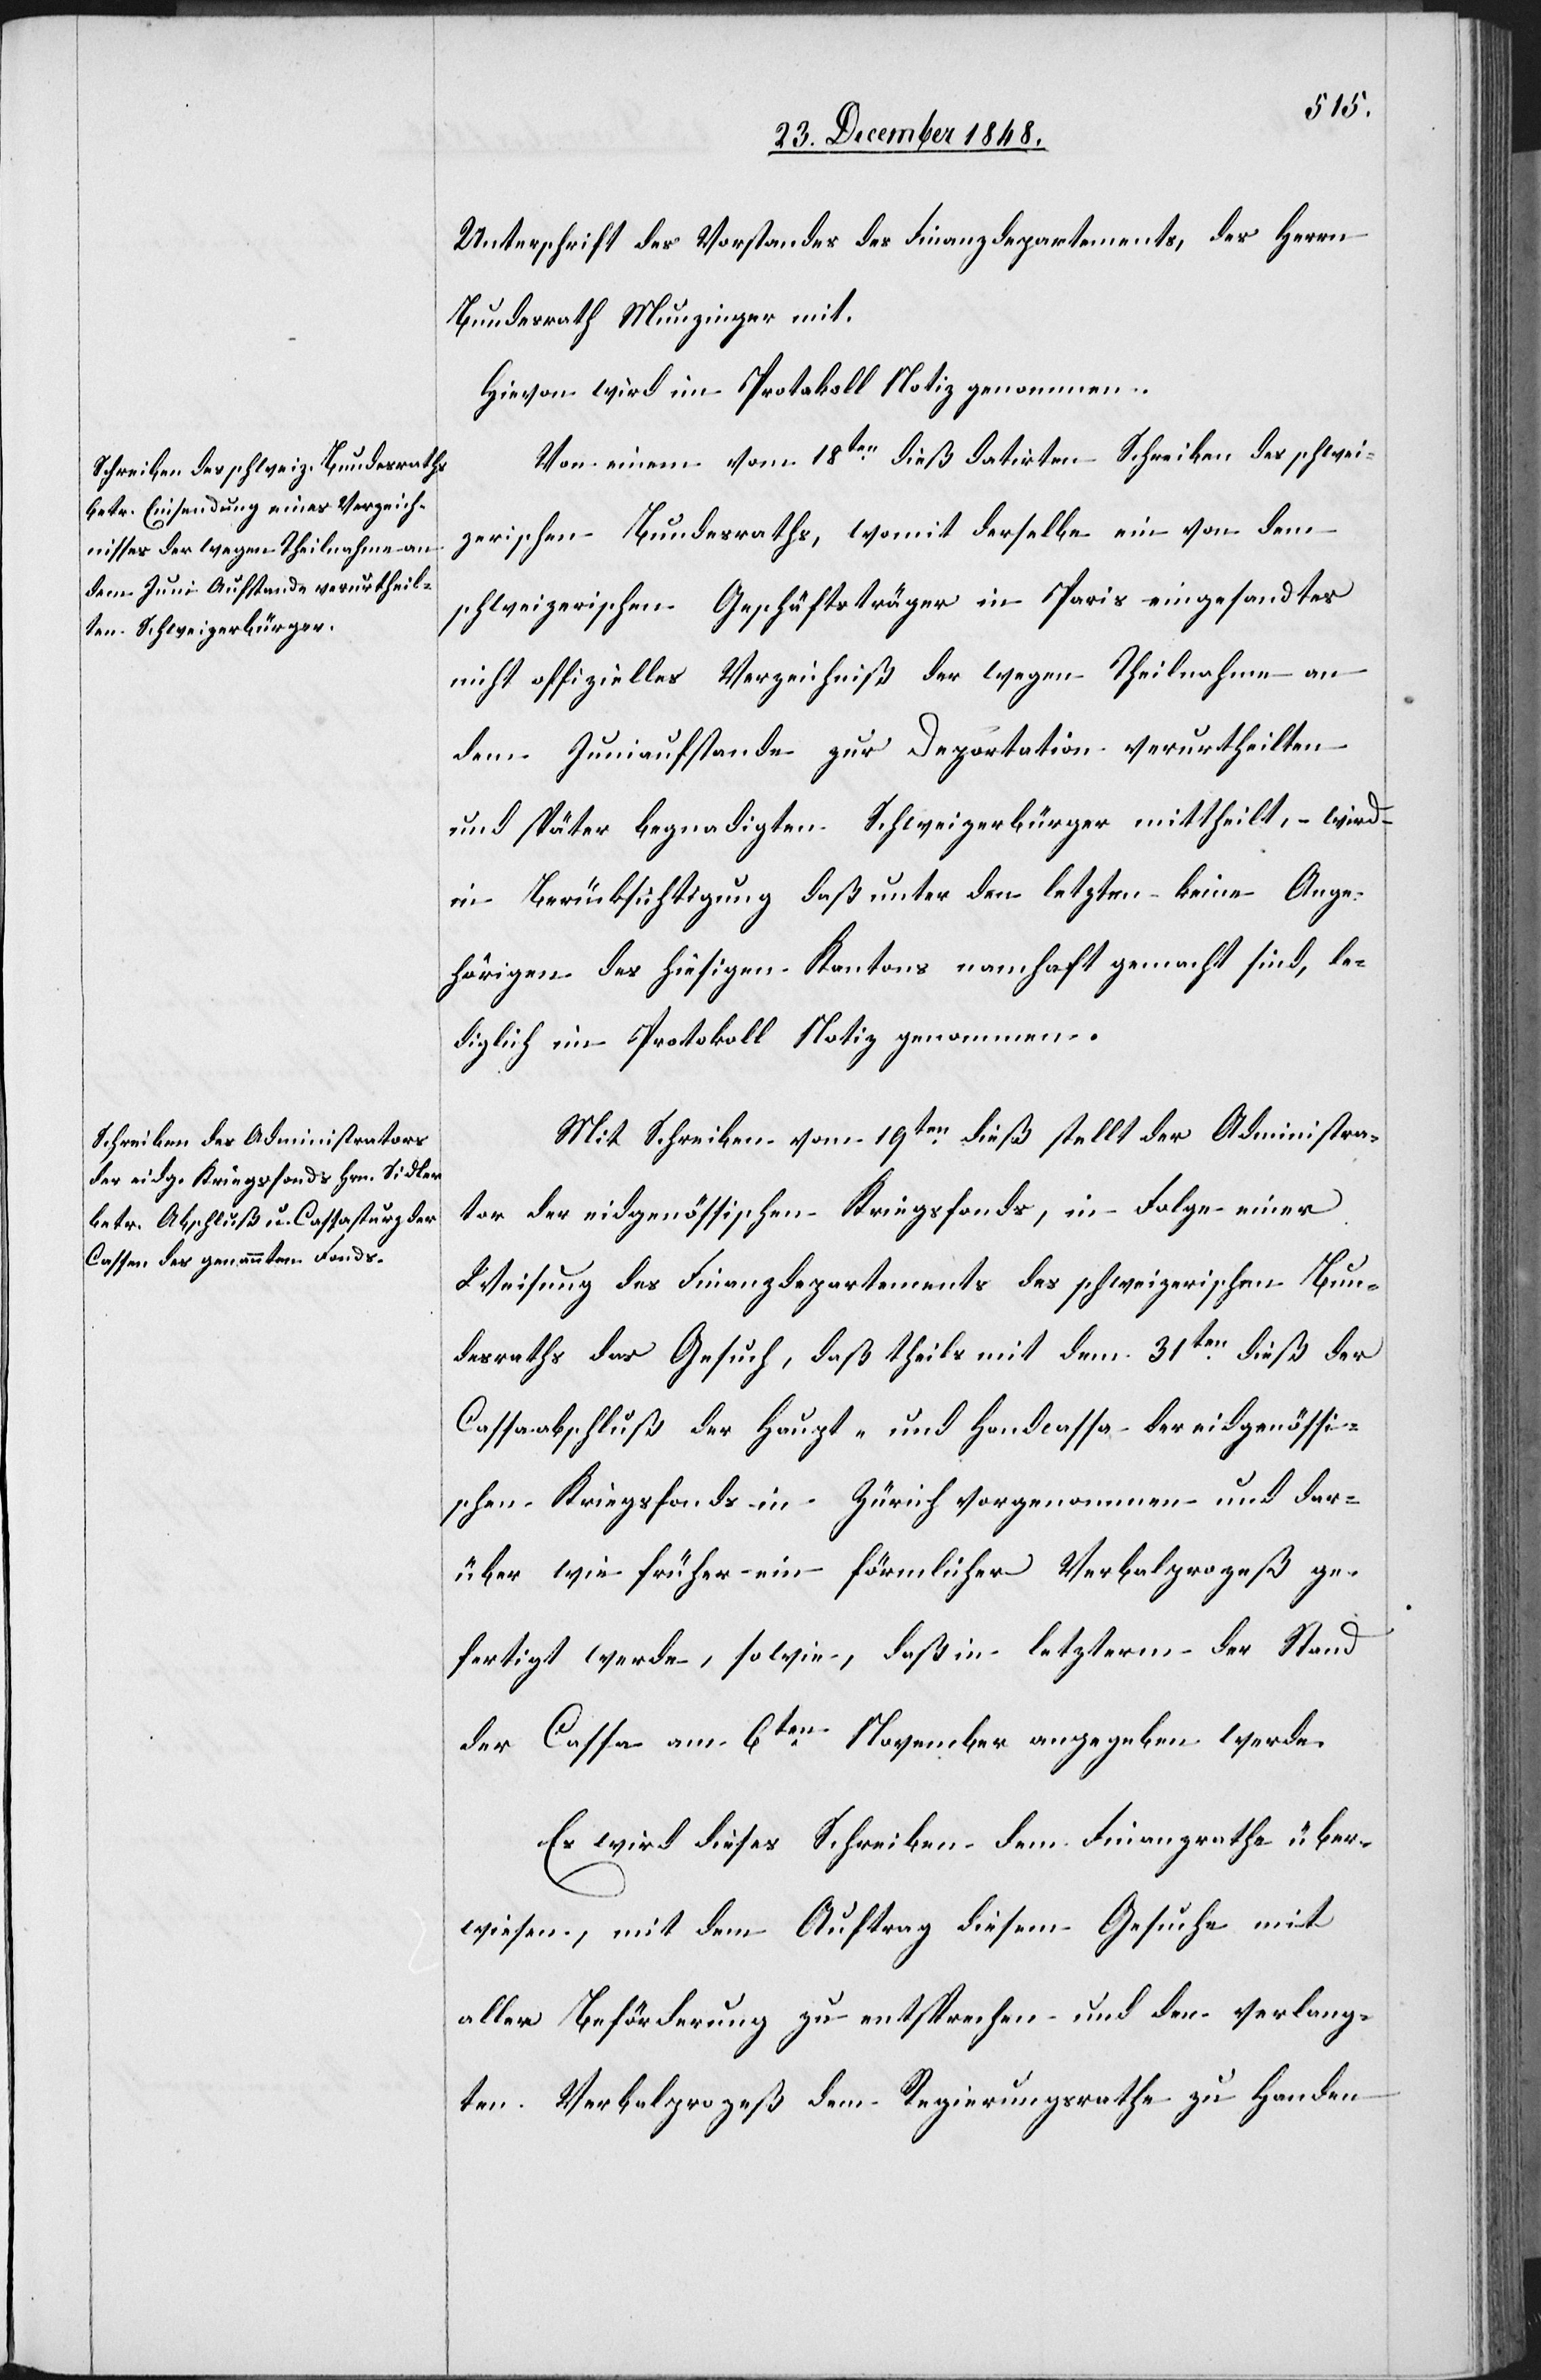
Unterschrift des Vorstandes des Finanzdepartements, des Herrn
Bundesrath Munzinger mit.
Hievon wird im Protokoll Notiz genommen.
Von einem vom 18ten dieß datirten Schreiben des schwei¬
zerischen Bundesraths, womit derselbe ein von dem
schweizerischen Geschäftsträger in Paris eingesandtes
nicht offizielles Verzeichniß der wegen Theilnahme an
dem Juniaufstande zur Deportation verurtheilten
und später begnadigten Schweizerbürger mittheilt, wird
in Berücksichtigung daß unter den letzten keine Ange¬
hörigen des hiesigen Kantons namhaft gemacht sind, le¬
diglich im Protokoll Notiz genommen.
Mit Schreiben vom 19ten dieß stellt der Administra¬
tor der eidgenössischen Kriegsfonds, in Folge einer
Weisung des Finanzdepartements des schweizerischen Bun¬
desraths das Gesuch, daß theils mit dem 31ten dieß der
Cassaabschluß der Haupt- und Handcassa der eidgenössi¬
schen Kriegsfonds in Zürich vorgenommen und dar¬
über wie früher ein förmlicher Verbalprozeß ge¬
fertigt werde, sowie, daß in letzterm der Stand
der Cassa am 6ten November angegeben werde.
Es wird dieses Schreiben dem Bundesrathe über¬
wiesen, mit dem Auftrag diesem Gesuche mit
aller Beförderung zu entsprechen und den verlang¬
ten Verbalprozeß dem Regierungsrathe zu Handen